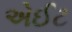
એઈટ